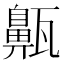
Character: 齀